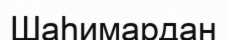
Шаһимардан